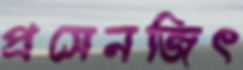
প্রসেনজিৎ